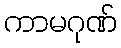
ကာမဂုဏ်